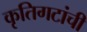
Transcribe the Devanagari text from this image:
कृतिगटांची